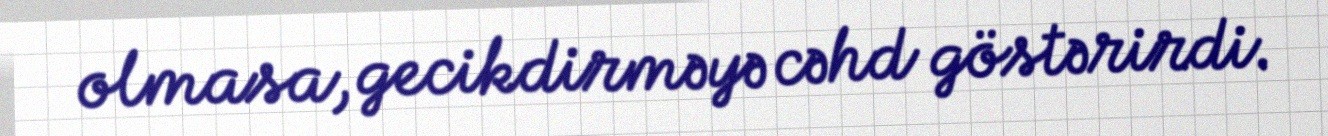
olmasa, gecikdirməyə cəhd göstərirdi.